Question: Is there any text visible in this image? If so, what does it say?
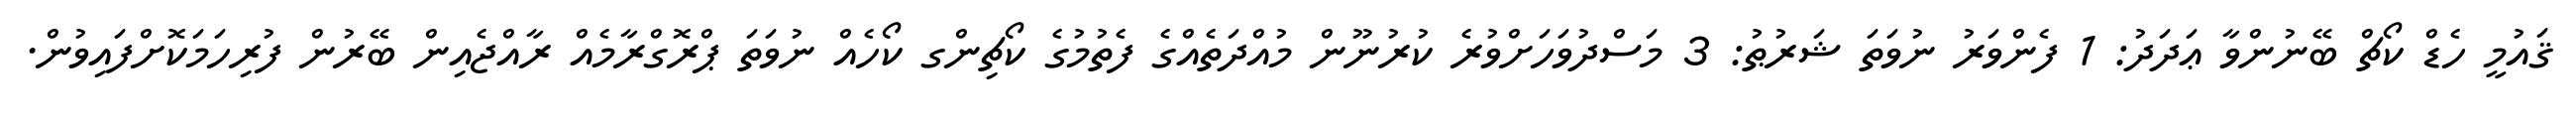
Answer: ޤައުމީ ހެޑް ކޯޗް ބޭނުންވާ ޢަދަދު: 1 ފެންވަރު ނުވަތަ ޝަރުޠު: 3 މަސްދުވަހަށްވުރެ ކުރުނޫން މުއްދަތެއްގެ ފެތުމުގެ ކޯޗިންގ ކޯހެއް ނުވަތަ ޕްރޮގްރާމެއް ރާއްޖެއިން ބޭރުން ފުރިހަމަކޮށްފައިވުން.